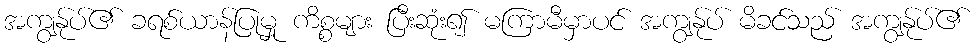
အကျွန်ုပ်၏ ခရစ်ယာန်ပြုမှု ကိစ္စများ ပြီးဆုံး၍ မကြာမီမှာပင် အကျွန်ုပ် မိခင်သည် အကျွန်ုပ်၏